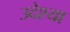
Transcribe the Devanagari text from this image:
उदेश्या